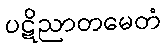
ပဋိညာတမေတံ